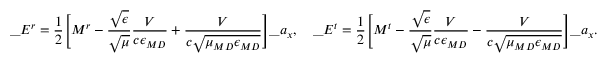
\_ E ^ { r } = \frac { 1 } { 2 } \Bigg [ M ^ { r } - \frac { \sqrt { \epsilon } } { \sqrt { \mu } } \frac { V } { c \epsilon _ { \/ { M D } } } + \frac { V } { c \sqrt { \mu _ { \/ { M D } } \epsilon _ { \/ { M D } } } } \Bigg ] \_ a _ { x } , \quad \_ E ^ { t } = \frac { 1 } { 2 } \Bigg [ M ^ { t } - \frac { \sqrt { \epsilon } } { \sqrt { \mu } } \frac { V } { c \epsilon _ { \/ { M D } } } - \frac { V } { c \sqrt { \mu _ { \/ { M D } } \epsilon _ { \/ { M D } } } } \Bigg ] \_ a _ { x } .